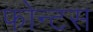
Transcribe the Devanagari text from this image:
फोन्टस